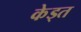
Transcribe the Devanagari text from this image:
केड्त